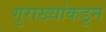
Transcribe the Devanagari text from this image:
गुराख्यांकडून